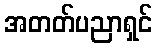
အတတ်ပညာရှင်